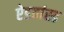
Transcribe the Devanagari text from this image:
ऐडवांस्ड